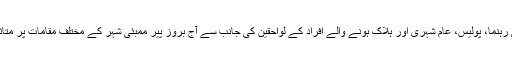
بھارتی ریاست مہاراشٹر کے مرکزی سیاسی رہنما، پولیس، عام شہری اور ہلاک ہونے والے افراد کے لواحقین کی جانب سے آج بروز پیر ممبئی شہر کے مختلف مقامات پر متاثرہ افراد کو خراج عقیدت پیش کیا جا رہا ہے۔